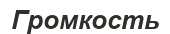
Громкость